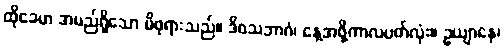
ထိုခေမာ အမည်ရှိသော မိဖုရားသည်။ ဒိဝသဘာဂံ၊ နေ့အဖို့ကာလပတ်လုံး။ ဥယျာနေ၊